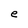
Character: e